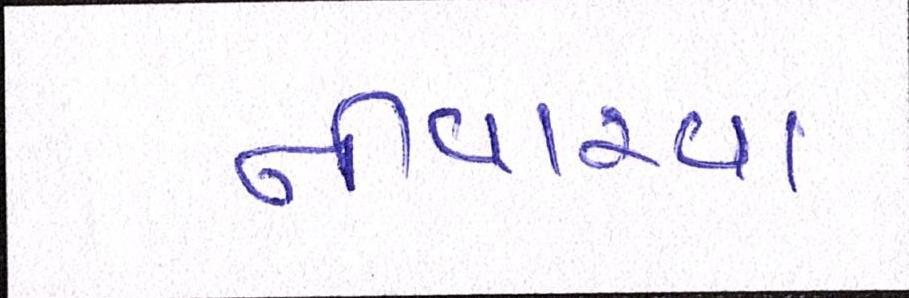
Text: નીવારવા